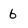
Character: b